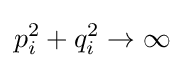
p_{i}^{2}+q_{i}^{2}\rightarrow \infty